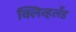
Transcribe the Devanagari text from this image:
क्लिव्हलँड